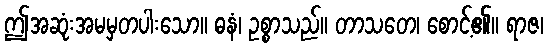
ဤအဆုံးအမမှတပါးသော။ ဓနံ၊ ဥစ္စာသည်။ တာသတေ၊ စောင့်၏။ ရာဇ၊